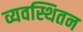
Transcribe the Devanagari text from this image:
व्यवस्थितन